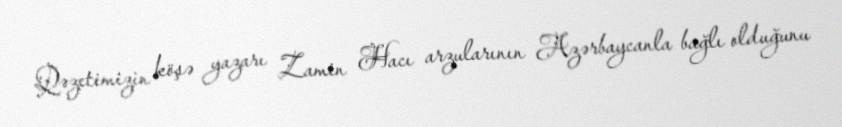
Qəzetimizin köşə yazarı Zamin Hacı arzularının Azərbaycanla bağlı olduğunu